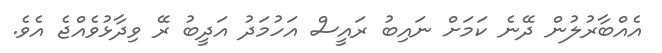
އެއްބާރުލުން ދޭނެ ކަމަށް ނައިބު ރައީސް އަހުމަދު އަދީބު ރޭ ވިދާޅުވެއްޖެ އެވެ.